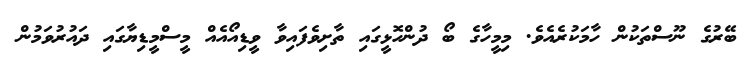
ބޭރުގެ ނޫސްތަކުން ހާމަކުރެއެވެ. މިމީހާގެ ބޯ ދުންހޮޅީގައި ތާށިވެފައިވާ ވީޑިއޯއެއް މީސްމީޑިޔާގައި ދައުރުވަމުން